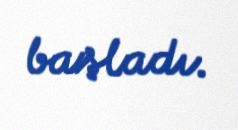
başladı.